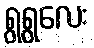
ရွရွလေး